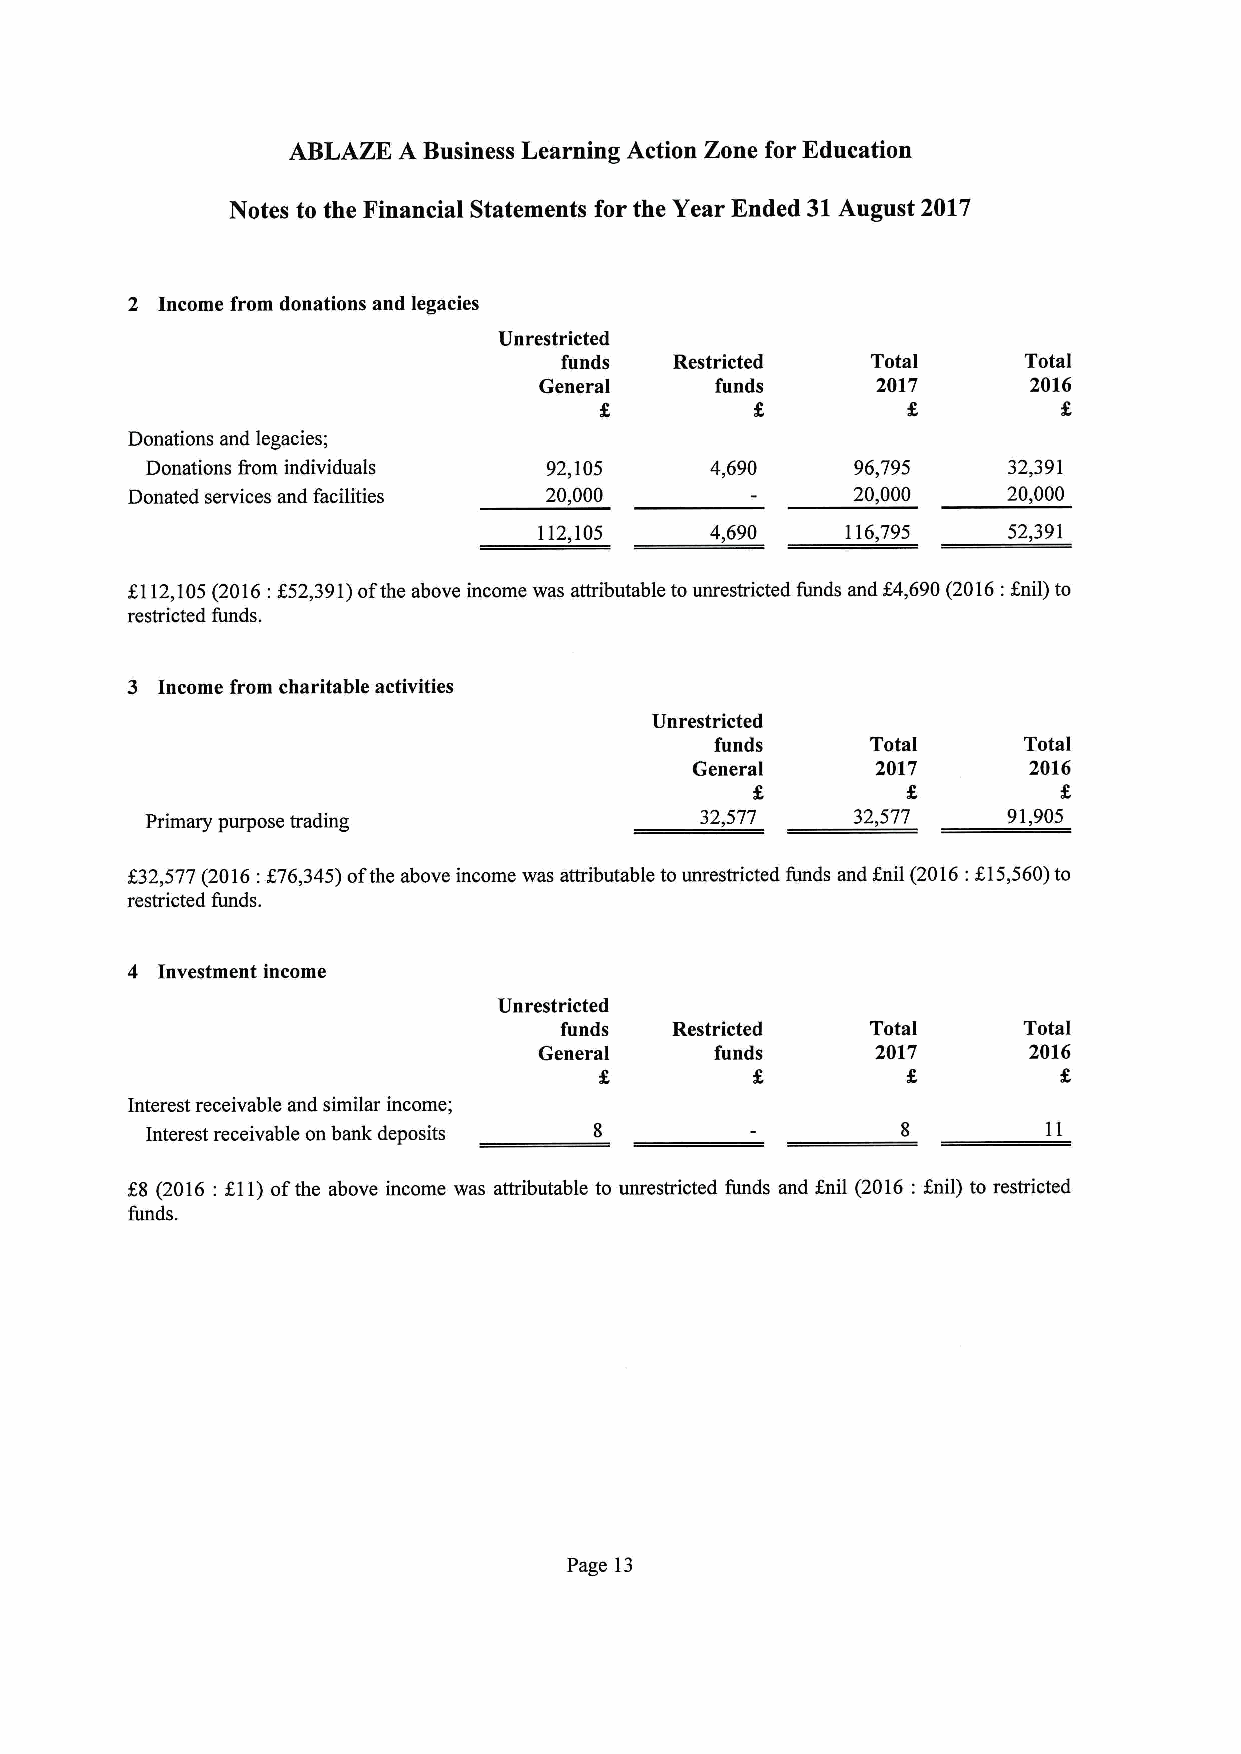
ABLAZE A Business Learning Action Zone for Education
 Notes to the Financial Statements for the Year Ended 31August 2017
 2 Income from donations and legacies
 Unrestricted
 funds  Restricted    Total     Total
 General    funds      2017      2016
 Donations and legacies;
 Donations Rom individuals 92,105     4,690     96,795    32,391
 Donated services and facilities 20,000          20,000     20,000
 112,105    4,690    116,795    52,391
 f112,105(2016:$52,391)ofthe above income was attributable to unrestricted funds and &4,690(2016:anil) to
 restricted funds.
 3 Income from charitable activities
 Unrestricted
 funds      Total     Total
 General     2017      2016
 Primary purpose trading             32,577    32,577     91,905
 f32,577(2016:f76,345)ofthe above income was attributable tounrestricted funds and anil (2016:615,560)to
 restricted funds.
 4 Investment income
 Unrestricted
 funds  Restricted    Total     Total
 General    funds      2017      2016
 Interest receivable and similar income;
 Interest receivable on bank deposits
 K8 (2016:Xl1)ofthe above income was attributable to unrestricted funds and anil (2016:anil) to restricted
 funds.
 Page 13